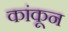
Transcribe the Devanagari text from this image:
कांकून